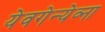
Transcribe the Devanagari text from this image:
येवगेन्येव्ना